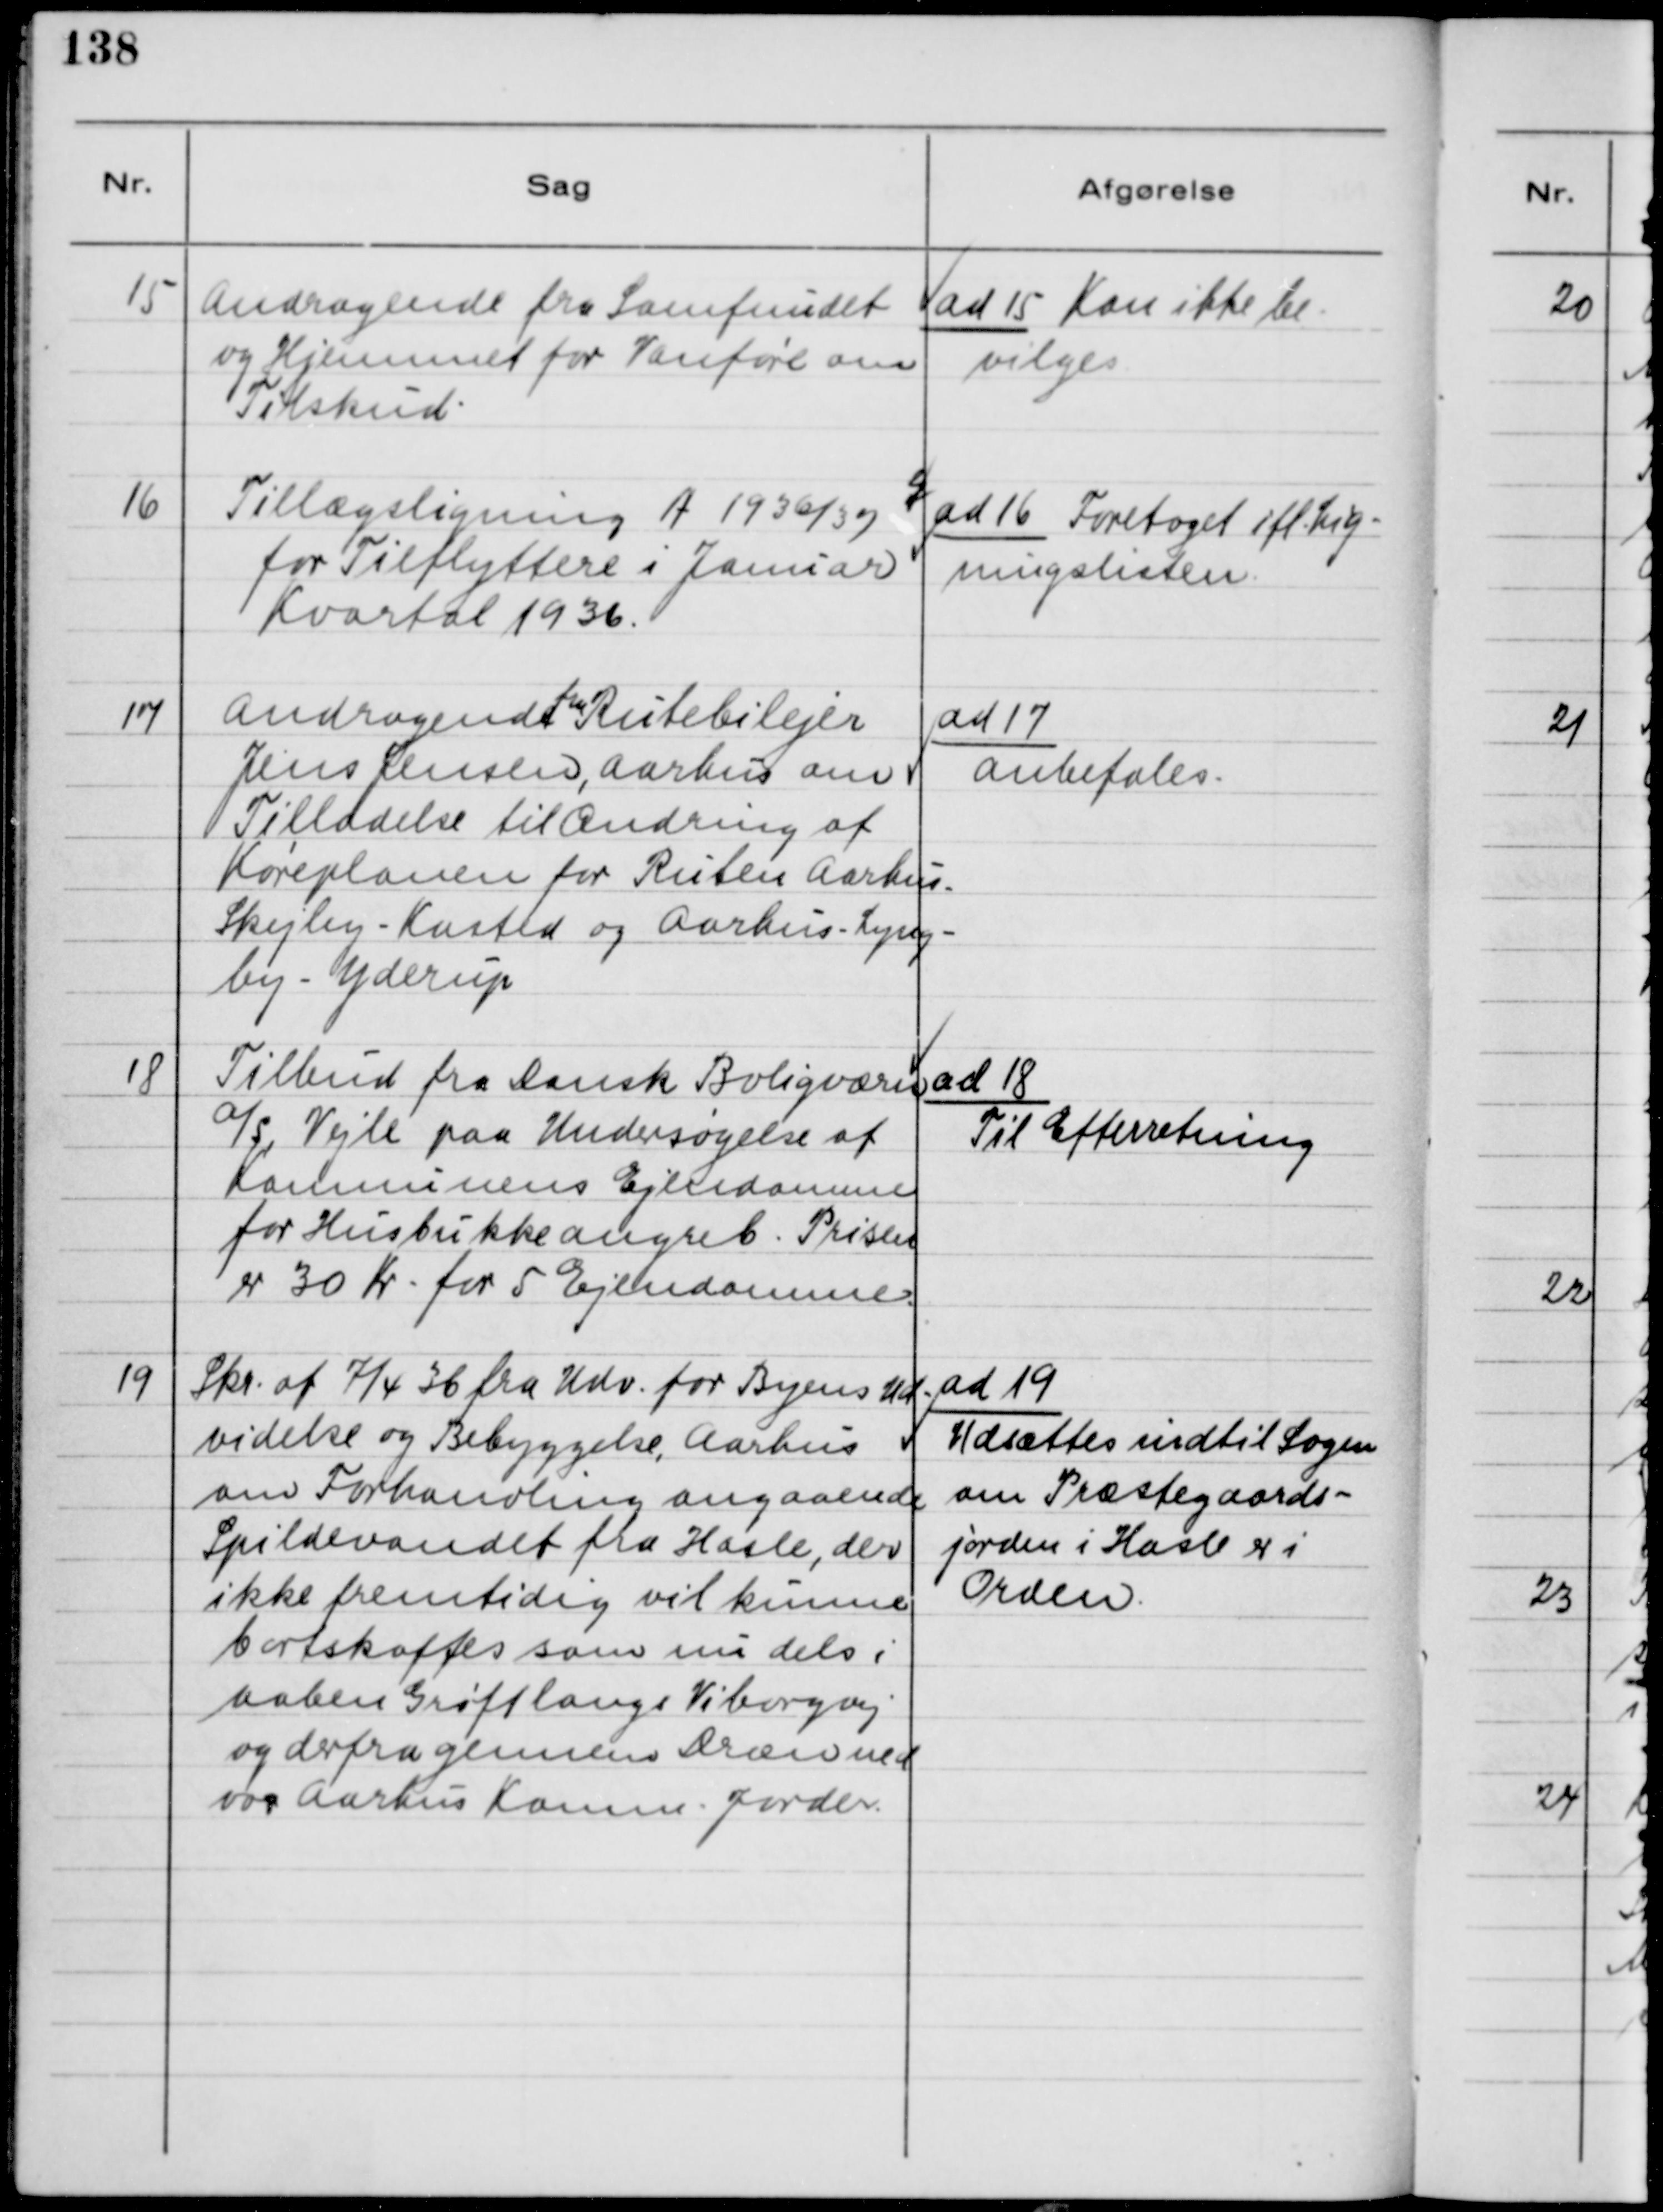
Transskription:
15
Andragende fra Samfundet
og Hjemmet for Vanføre om
Tilskud.
ad 15 Kan ikke be-
vilges
16
Tillægsligning A 1936/37
for Tilflyttere i Januar
Kvartal 1936.
ad 16 Foretaget ifl. Lig-
ningslisten.
17
Andragende
fra
Rutebilejer
Jens Jensen, Aarhus om
Tilladelse til Ændring af
Køreplanen for Ruten Aarhus-
Skejby-Kasted og Aarhus-Lyng-
by-Yderup.
ad 17
anbefales.
18
Tilbud fra Dansk Boligvæsen
a/s Vejle paa Undersøgelse af
Kommunens Ejendomme
for Husbukkeangreb. Prisen
er 30 Kr. for 5 Ejendomme.
ad 18
Til Efterretning
19
Skr. af 7/4 36 fra Udv. for Byens Ud-
videlse og Bebyggelse, Aarhus
om Forhandling angaaende
Spildevandet fra Hasle, der
ikke fremtidig vil kunne
bortskaffes som nu dels i
aaben Grøft langs Viborgvej
og derfra gennem Dræn ned
over Aarhus Kommune Jorder
ad 19
Udsættes indtil Sagen
om Præstegaards-
jorden i Hasle er i
Orden.